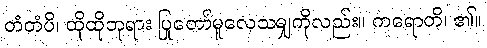
တံတံပိ၊ ထိုထိုဘုရား ပြုတော်မူလေသမျှကိုလည်း။ ကရောတိ၊ ၏။